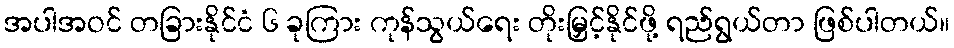
အပါအဝင် တခြားနိုင်ငံ ၆ ခုကြား ကုန်သွယ်ရေး တိုးမြှင့်နိုင်ဖို့ ရည်ရွယ်တာ ဖြစ်ပါတယ်။